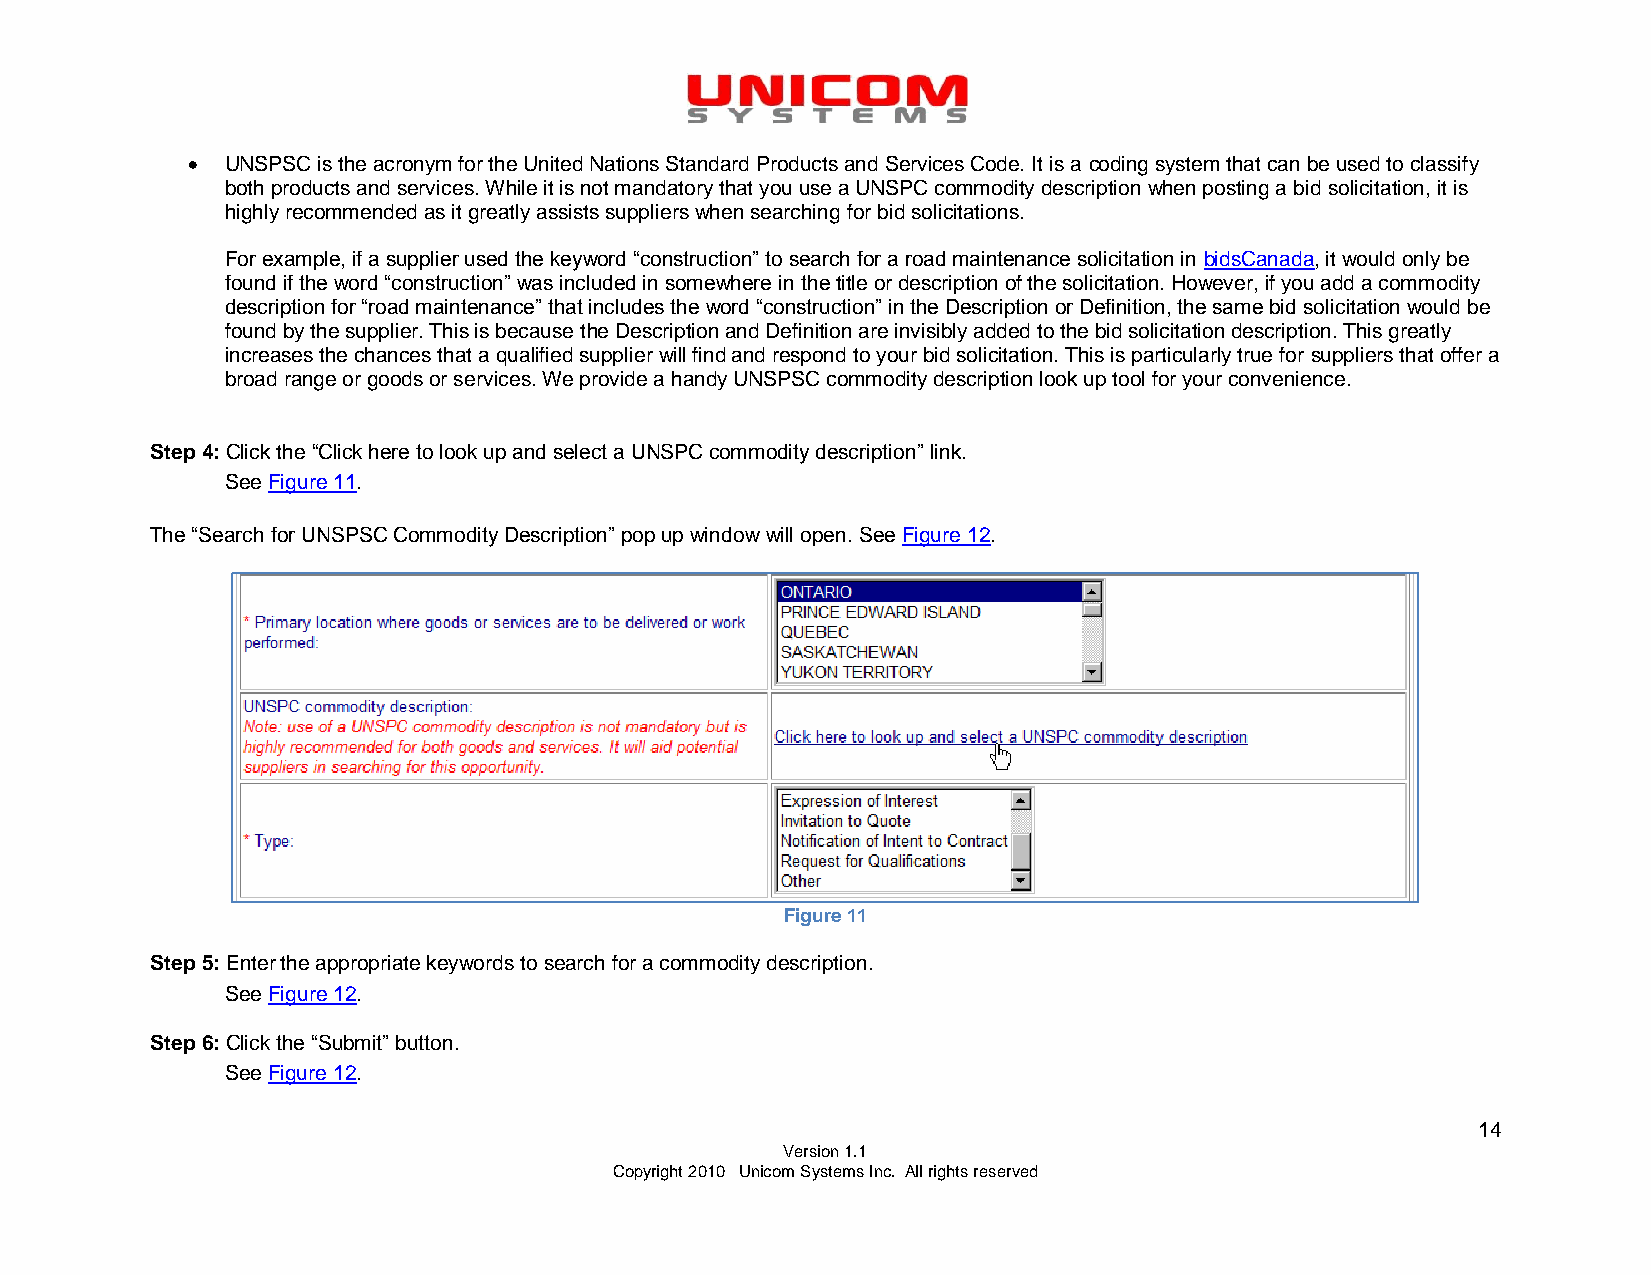
  UNSPSC is the acronym for the United Nations Standard Products and Services Code. It is a coding system that can be used to classify
 both products and services. While it is not mandatory that you use a UNSPC commodity description when posting a bid solicitation, it is
 highly recommended as it greatly assists suppliers when searching for bid solicitations.
 For example, if a supplier used the keyword “construction” to search for a road maintenance solicitation in bidsCanada, it would only be
 found if the word “construction” was included in somewhere in the title or description of the solicitation. However, if you add a commodity
 description for “road maintenance” that includes the word “construction” in the Description or Definition, the same bid solicitation would be
 found by the supplier. This is because the Description and Definition are invisibly added to the bid solicitation description. This greatly
 increases the chances that a qualified supplier will find and respond to your bid solicitation. This is particularly true for suppliers that offer a
 broad range or goods or services. We provide a handy UNSPSC commodity description look up tool for your convenience.
 Step 4: Click the “Click here to look up and select a UNSPC commodity description” link.
 See Figure 11.
 The “Search for UNSPSC Commodity Description” pop up window will open. See Figure 12.
 Figure 11
 Step 5: Enter the appropriate keywords to search for a commodity description.
 See Figure 12.
 Step 6: Click the “Submit” button.
 See Figure 12.
 14
 Version 1.1
 Copyright 2010 Unicom Systems Inc. All rights reserved